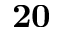
\mathbf { 2 0 }